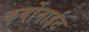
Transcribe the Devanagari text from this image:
कर्बोनाईट